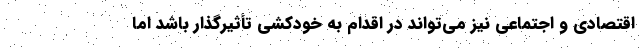
اقتصادی و اجتماعی نیز می‌تواند در اقدام به خودکشی تأثیرگذار باشد اما